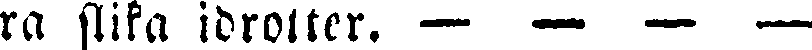
ra slika idrotter. — — — —